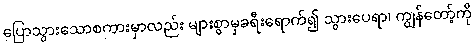
ပြောသွားသောစကားမှာလည်း များစွာမှခရီးရောက်၍ သွားပေရာ၊ ကျွန်တော့်ကို